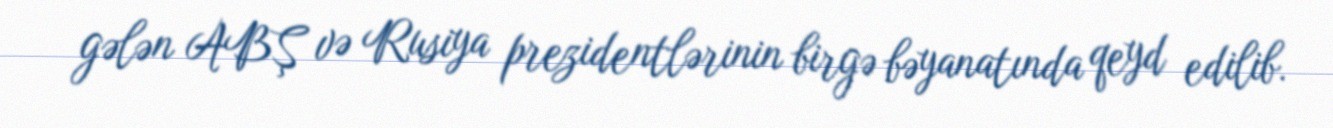
gələn ABŞ və Rusiya prezidentlərinin birgə bəyanatında qeyd edilib.